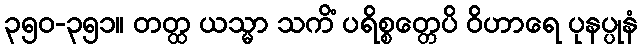
၃၅၀-၃၅၁။ တတ္ထ ယသ္မာ သကိံ ပရိစ္စတ္တေပိ ဝိဟာရေ ပုနပ္ပုနံ